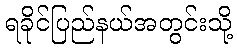
ရခိုင်ပြည်နယ်အတွင်းသို့